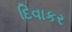
દિવાકર